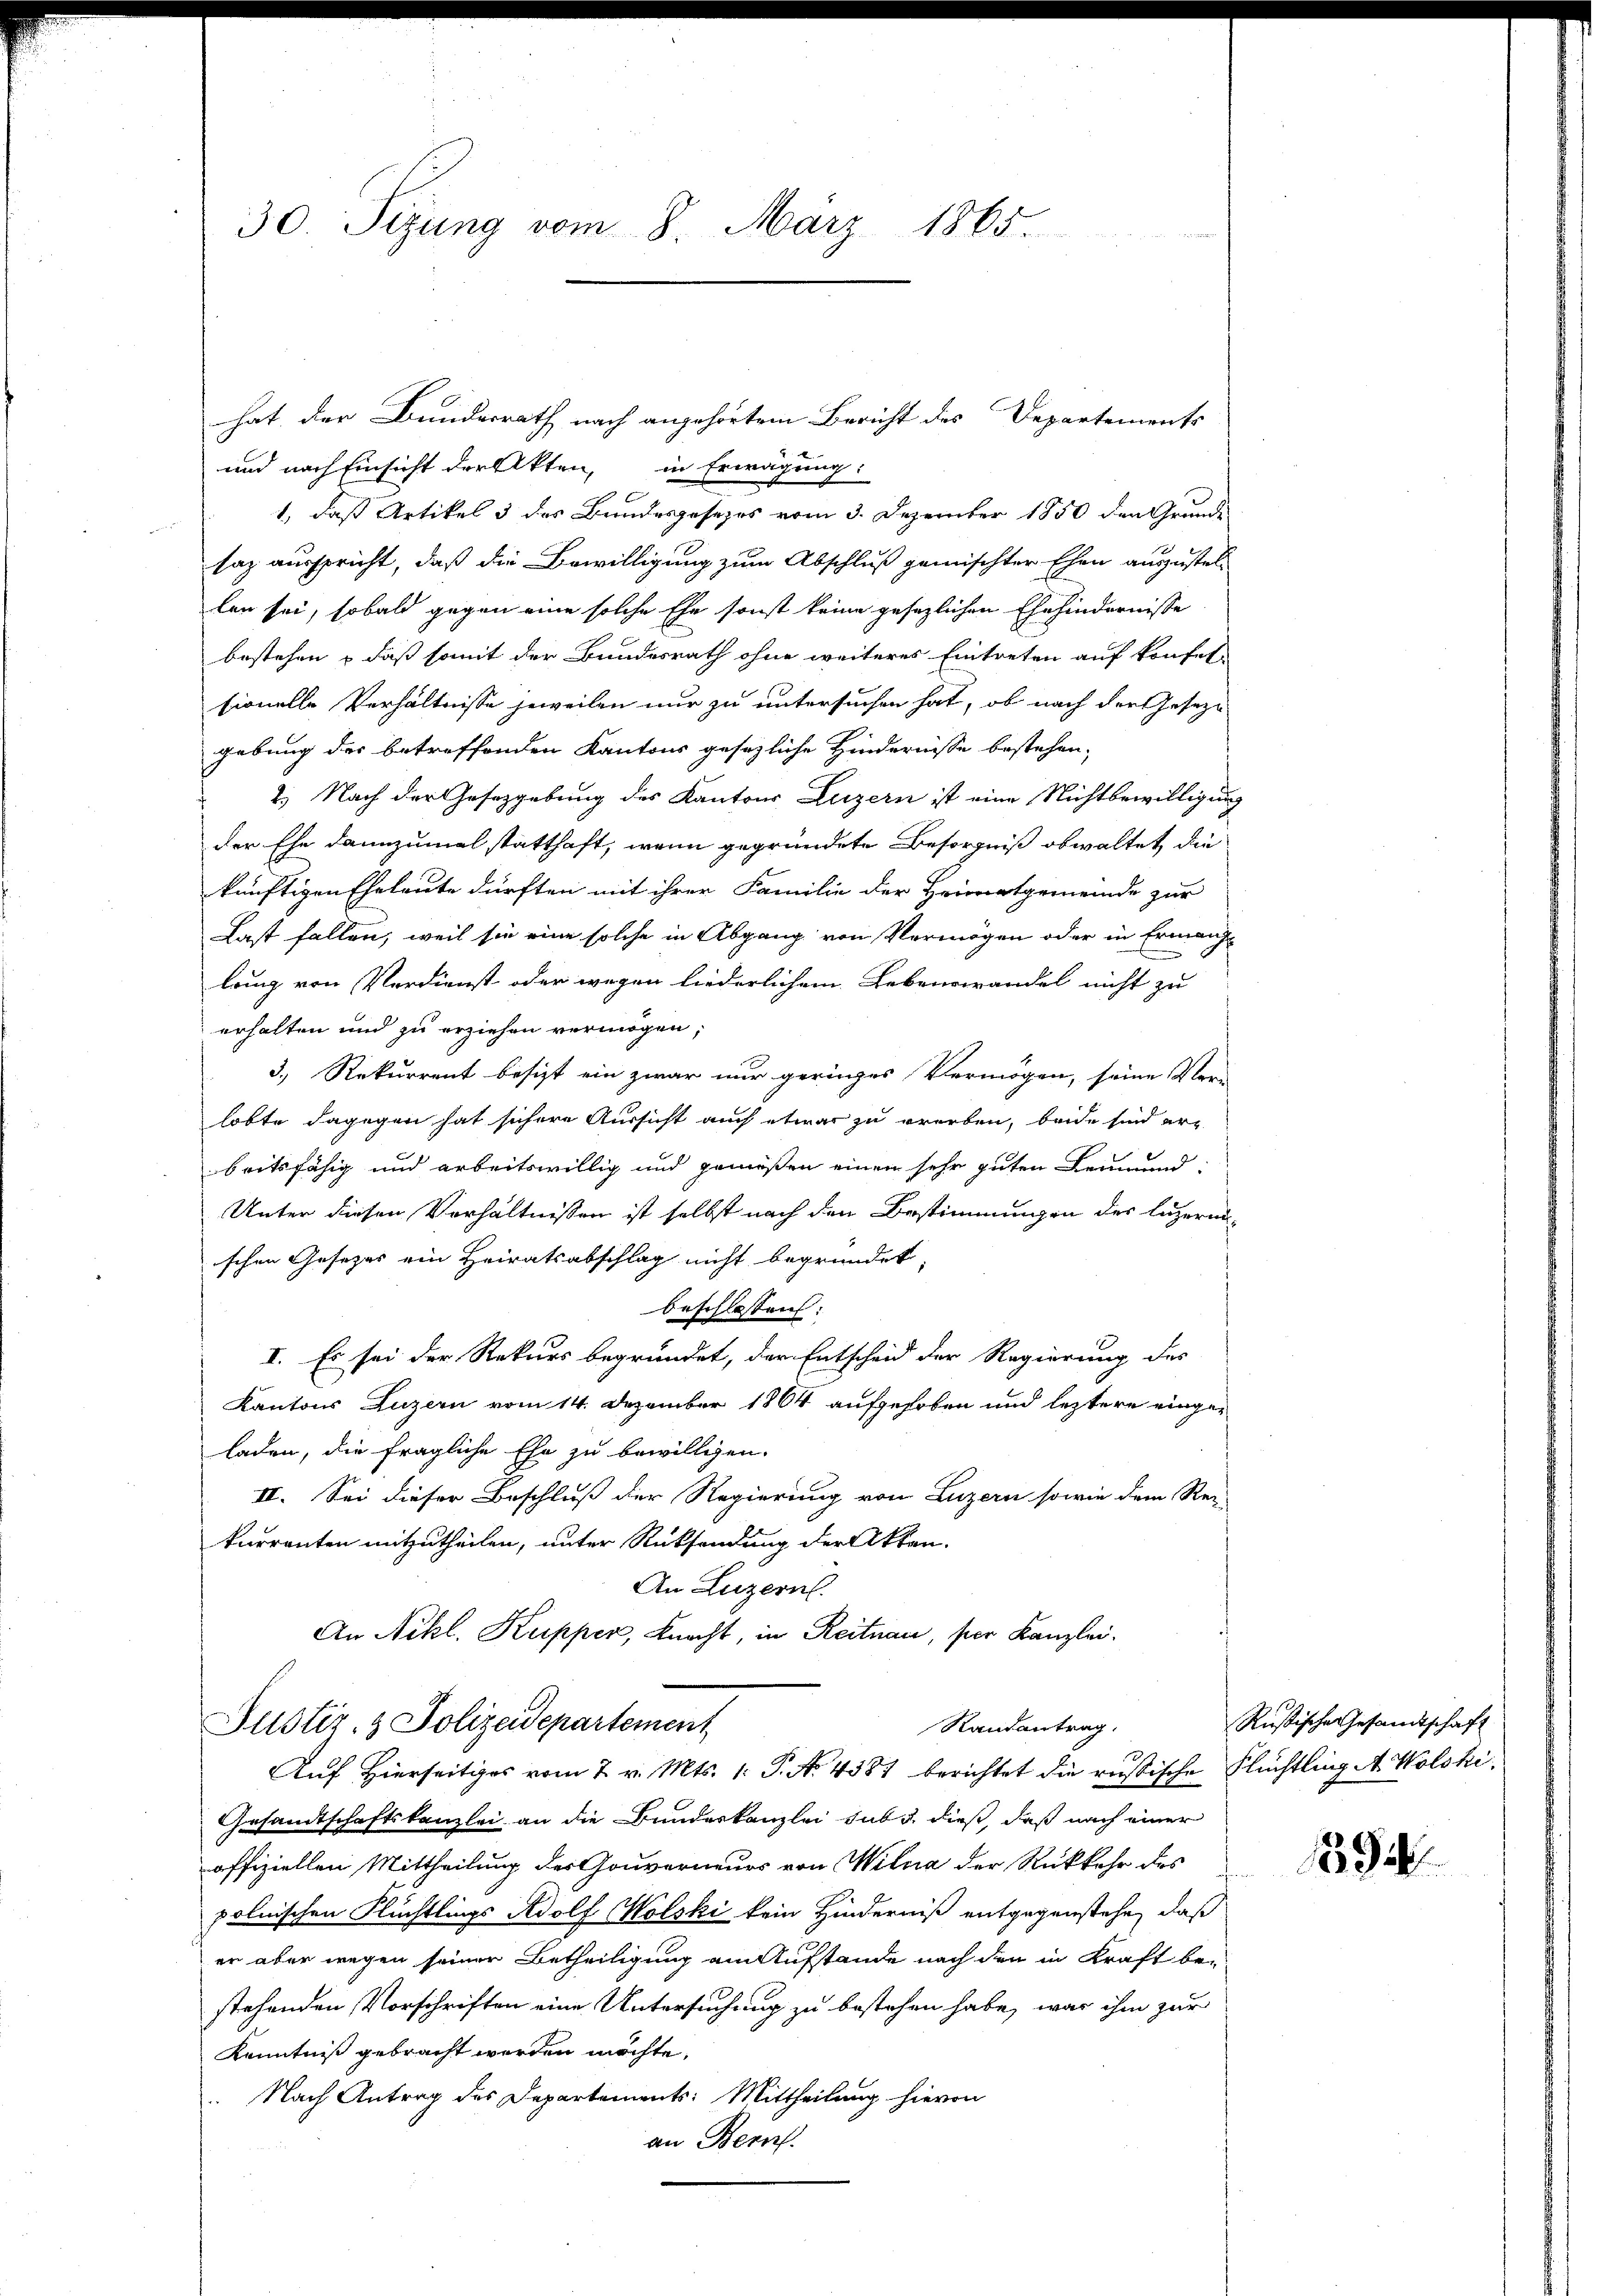
30. Seizung vom 8. März 1865

hat der Bundesrath nach angehörtem Bericht des Departements
und nach Einsicht der Akten, in Erwägung:
1, daß Artikel 3 des Bundesgesezes vom 3. Dezember 1850 den Grunde
saz ausspricht, daß die Bewilligung zum Abschluß gemischter Ehen auszustel-
len sei, sobald gegen eine solche Ehe sonst keine gesezlichen Ehehindernisse
bestehen, daß somit der Bundesrath ohne weiteres Eintreten auf konfelsionelle Verhältnisse jeweilen nur zu untersuchen hat, ob nach der Geseze
gebung der betreffenden Kantons gesezliche Hindernisse bestehen,
2.) Nach der Gesetzgebung des Kantons Luzern ist eine Nichtbewilligung
der Ehe dannzumal statthaft, wenn gegründete Besorgniß obwaltet, die
künftigen Eheleute dürften mit ihrer Familie der Heimatgemeinde zur
Last fallen, weil sie eine solche in Abgang von Vermögen oder in Ermanglrung von Verdienst oder wegen liederlichem Lebenswandel nicht zu
erhalten und zu erziehen vermögen,
3.) Rekurrent besizt ein zwar nur geringes Vermögen, seine Ver-
lobte dagegen hat sichere Aussicht auch etwas zu werben, beide sind erbeitsfähig und arbeitswillig und gemeßen einen sehr guten Leumund-
Unter diesen Verhältnissen ist selbst nach den Bestimmungen des luzerni-
schen Gesetzes ein Heiratsabschlag nicht begründet.
beschlossen:
I. Es sei der Rekurs begründet, der Entscheid der Regierung des
Kantons Luzern vom 14. Dezember 1864 aufgehoben und leztere einger
laden, die fragliche Ehe zu bewilligen.
II. Sei dieser Beschluß der Regierung von Luzern sowie dem Rec
kurrenten mitzutheilen, unter Rücksendung der Akten.
An Luzern.
An Nikl. Kupper, Knacht, in Reitnau, per Kanzlei.

Justiz- & Polizeidepartement
Randantrag.
Auf Hierseitiges vom 2. v. Mts. 1. P. N. 4387 berichtet die russische Flüchtling A Wolski¬

Gesandtschaftskanzlei an die Bundeskanzlei sub u. dieß, daß nach einer
offiziellen Mittheilung des Gouverneurs von Wilna der Rückkehr des
polnischen Flüchtlings Adolf Wolski kein Hinderniß entgegenstehe, daß
er aber wegen seiner Betheiligung am Aufstände nach den in Kraft be-
stehenden Vorschriften eine Untersuchung zu bestehen habe, was ihm zur
Kenntniß gebracht werden möchte,
 Nach Antrag des Departements: Mittheilung hievon
an Bern.

Rußische Gesandtschaft

1394